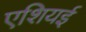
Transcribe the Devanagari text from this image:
एशियई